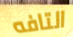
التافه